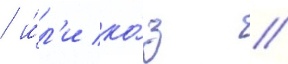
/ и́л'и ко́з //